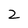
Character: 2